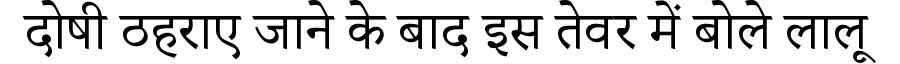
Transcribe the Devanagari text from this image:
दोषी ठहराए जाने के बाद इस तेवर में बोले लालू